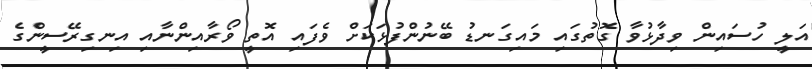
އަލީ ހުސައިން ވިދާޅުވާ ގޮތުގައި މައިގަނޑު ބޭނުންފުޅަކަށް ވެފައި އޮތީ ވޯރާއިންނާއި އިނގިރޭސީންގެ